Emmaste_vallavalitsus, lk 23
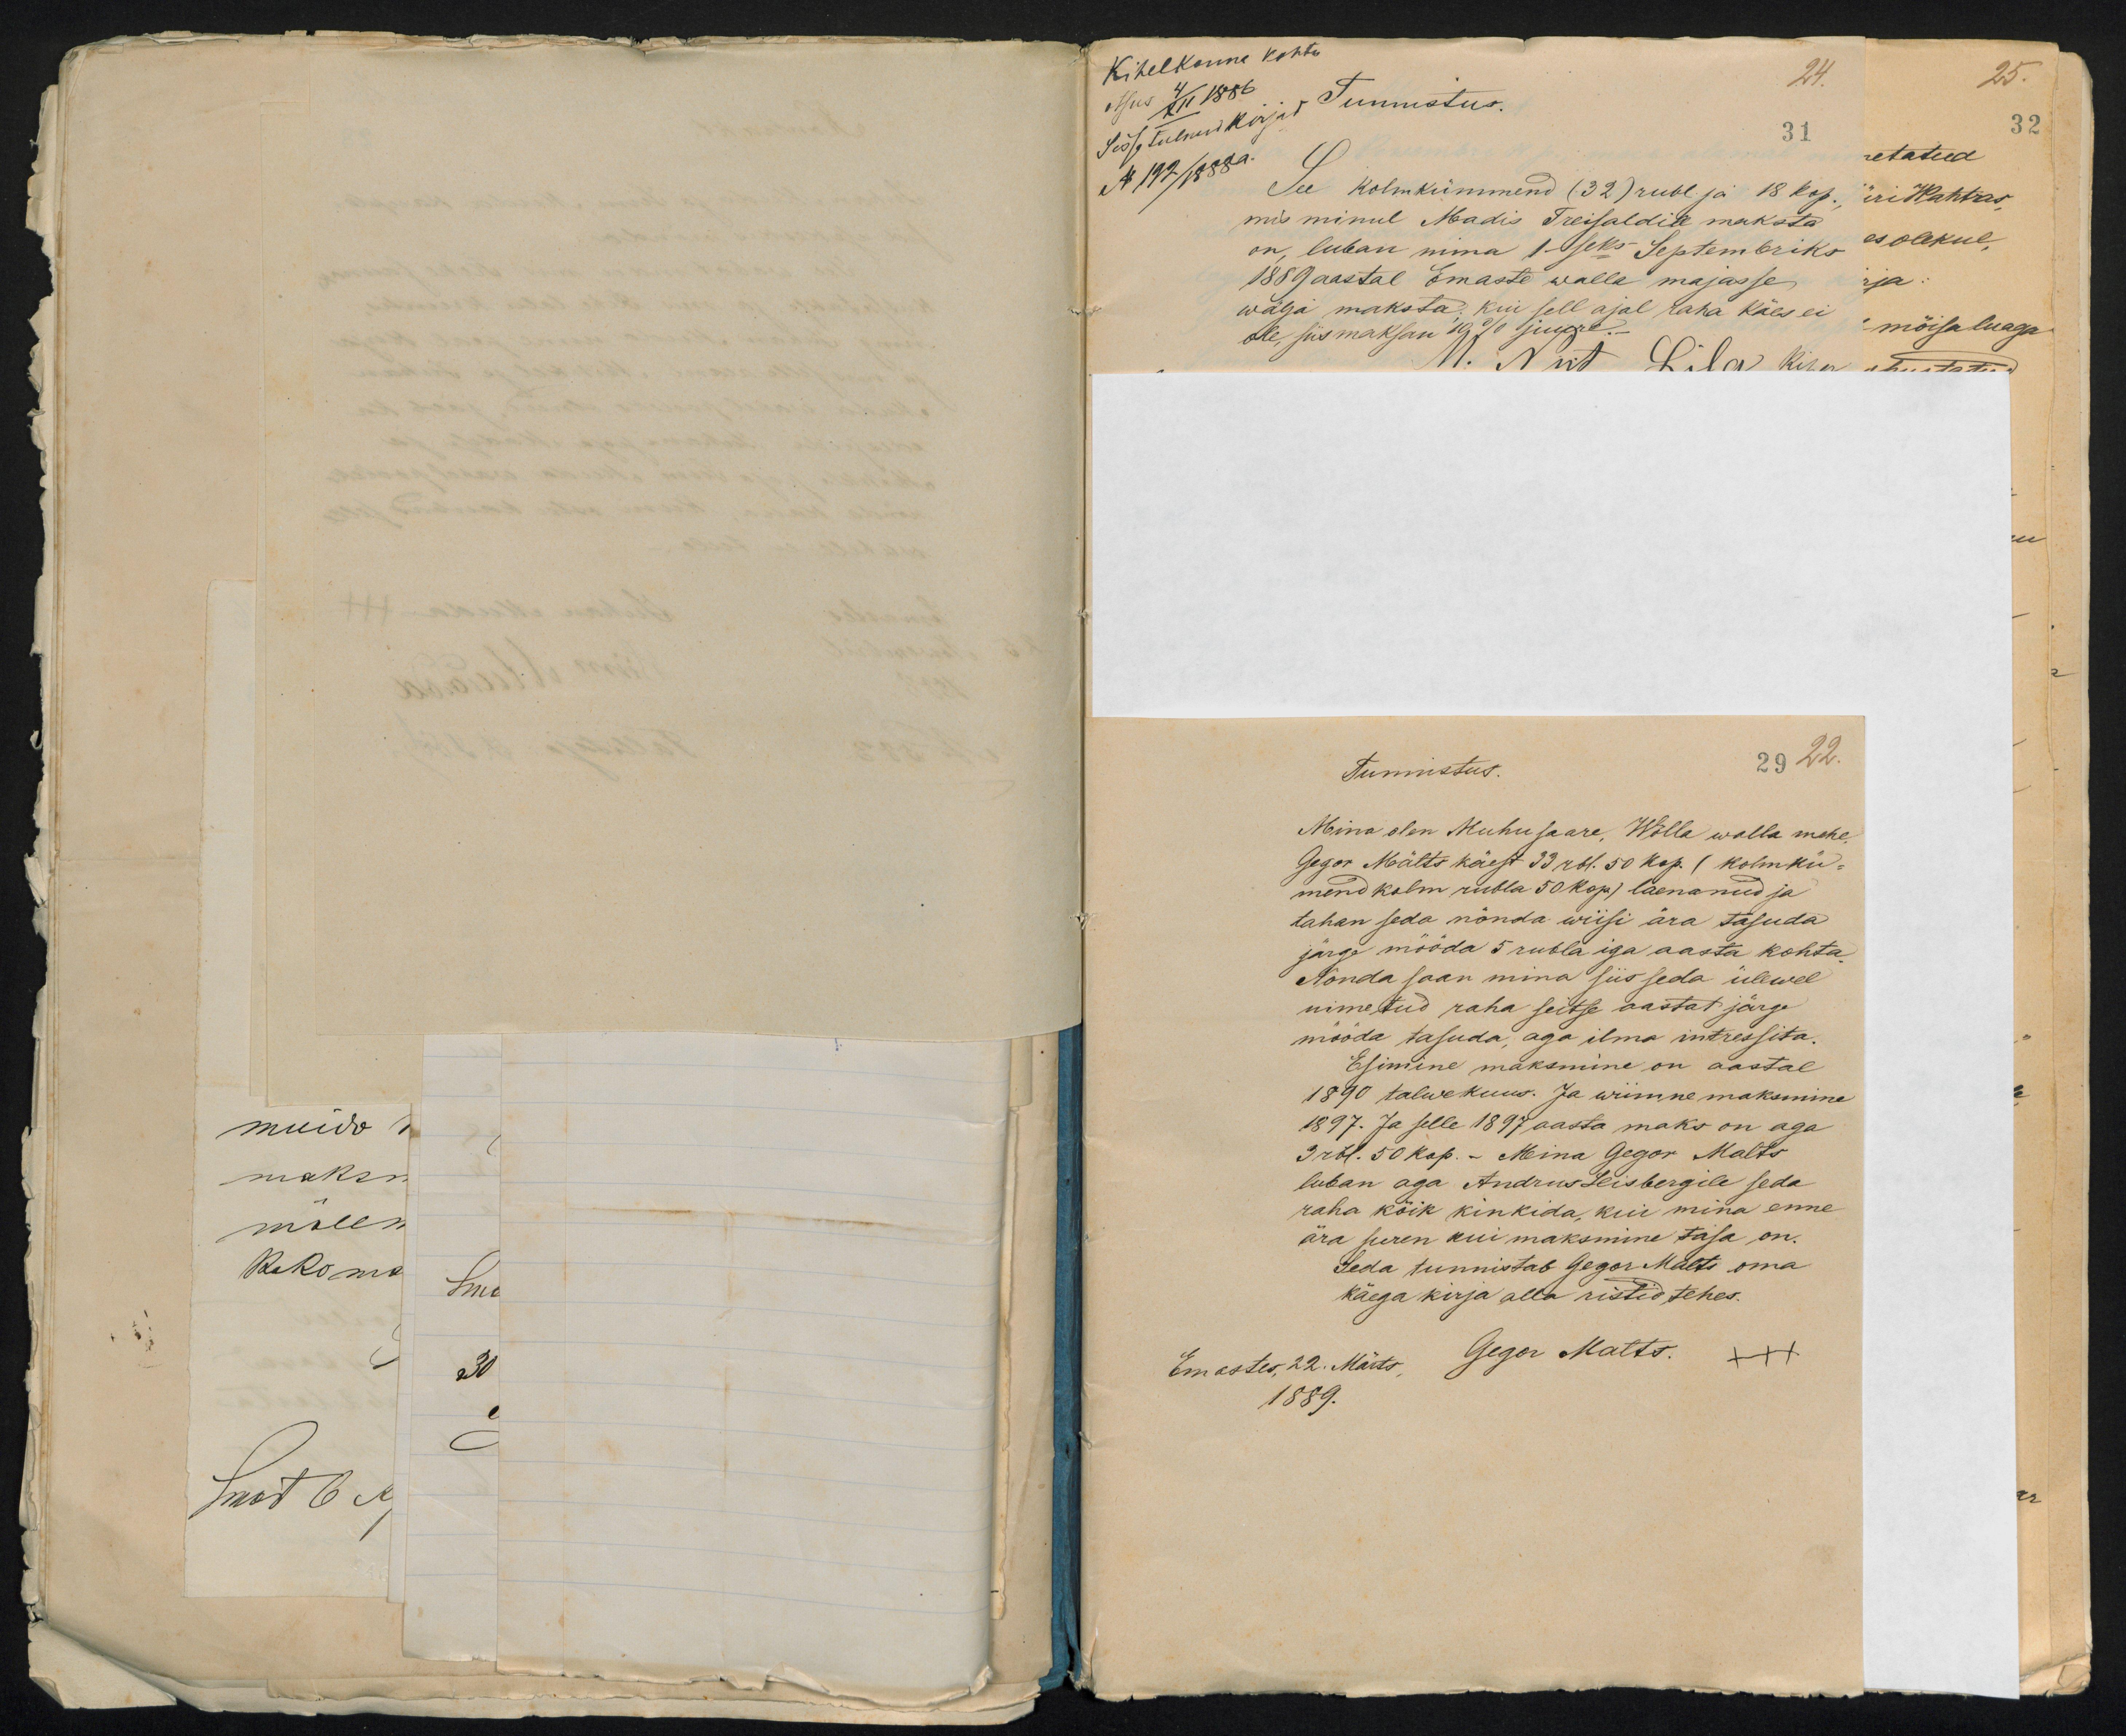
Kihelkonna kohtu
Otsus 4/XII 1886
Sisse tulnud kirjad
N 192/1888 a.

Tunnistus.
29 22.
Mina olen Muhu saare, Wõlla walla mehe,
Gegor Mälts käest 33 rbl. 50 kop. (kolm kü-
mend kolm rubla 50 kop) laenanud ja
tahan seda nõnda wiisi ära tasuda
järge mööda 5 rubla iga aasta kohta,
Nõnda saan mina siis seda ülewel
nimetud raha seitse aastat järge
mööda tasuda, aga ilma intressita.
Esimine maksmine on aastal
1890 talwe kuus. Ja wiimne maksmine
1897. Ja selle 1897 aasta maks on aga
5 rbl. 50 kop. - Meina Gregor Malts
luban aga Andrus Leisbergile seda
raha kõik kinkida, kui mina enne
ära suren kui maksmine tasa on.
Seda tunnistab Gregor Malts oma
käega kirja alla ristid tehes.
Emastes, 22. Märts, Gregor Malts. +++
1889.